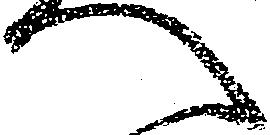
へ